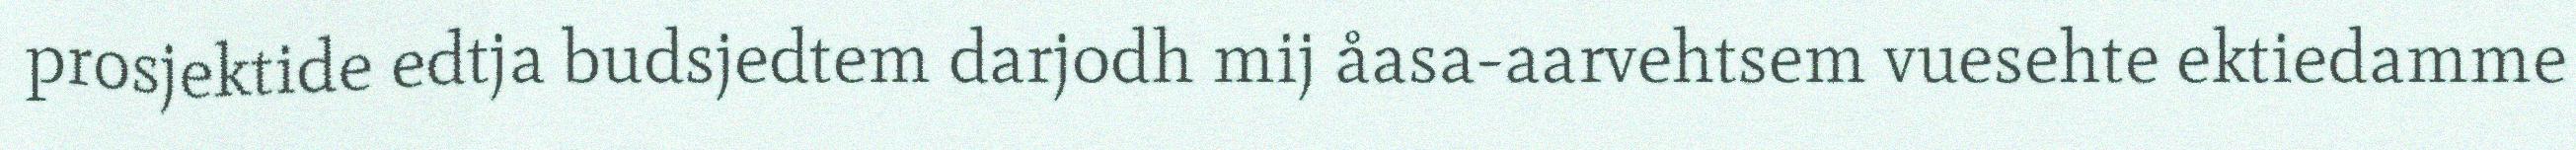
prosjektide edtja budsjedtem darjodh mij åasa-aarvehtsem vuesehte ektiedamme